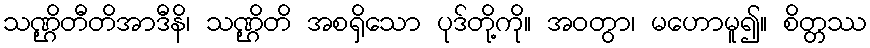
သဏ္ဌိတီတိအာဒီနိ၊ သဏ္ဌိတိ အစရှိသော ပုဒ်တို့ကို။ အဝတွာ၊ မဟောမူ၍။ စိတ္တဿ